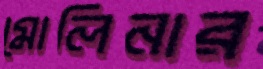
মোলিনার